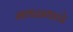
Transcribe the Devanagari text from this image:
मथळ्याचे